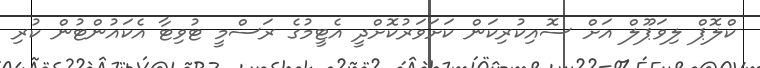
ކްލޮޕް ލިވަޕޫލް އަށް ސޮއިކުރިކަން ކަށަވަރުކޮށްދީ އެޓީމުގެ ރަސްމީ ޓުވިޓާ އެކައުންޓުން ކުރި